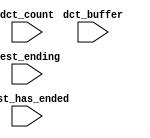
module SoC_nios2_qsys_0_oci_test_bench (
                                         // inputs:
                                          dct_buffer,
                                          dct_count,
                                          test_ending,
                                          test_has_ended
                                       )
;

  input   [ 29: 0] dct_buffer;
  input   [  3: 0] dct_count;
  input            test_ending;
  input            test_has_ended;


endmodule